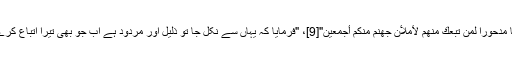
شیطان کی پیروی: "قَالَ اخْرُجْ مِنْهَا مَذْءُومًا مَّدْحُورًا لَّمَن تَبِعَكَ مِنْهُمْ لَأَمْلَأَنَّ جَهَنَّمَ مِنكُمْ أَجْمَعِينَ"[9]، "فرمایا کہ یہاں سے نکل جا تو ذلیل اور مردود ہے اب جو بھی تیرا اتباع کرے گا میں تم سب سے جہنّم کو بھردوں گا"۔